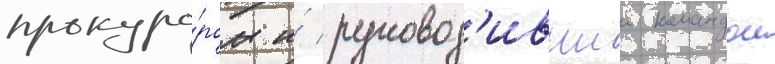
прокуро́ром и́ руковод'ившии командои